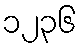
၁၂၃၆